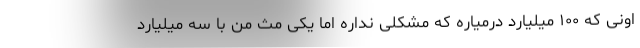
اونی که ۱۰۰ میلیارد درمیاره که مشکلی نداره اما یکی مث من با سه میلیارد